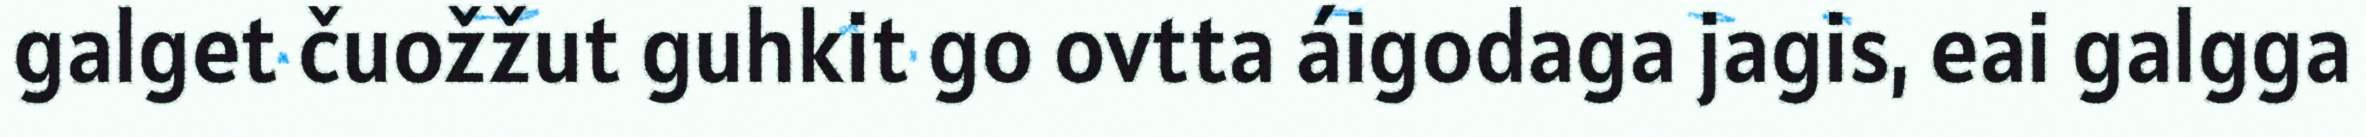
galget čuožžut guhkit go ovtta áigodaga jagis, eai galgga